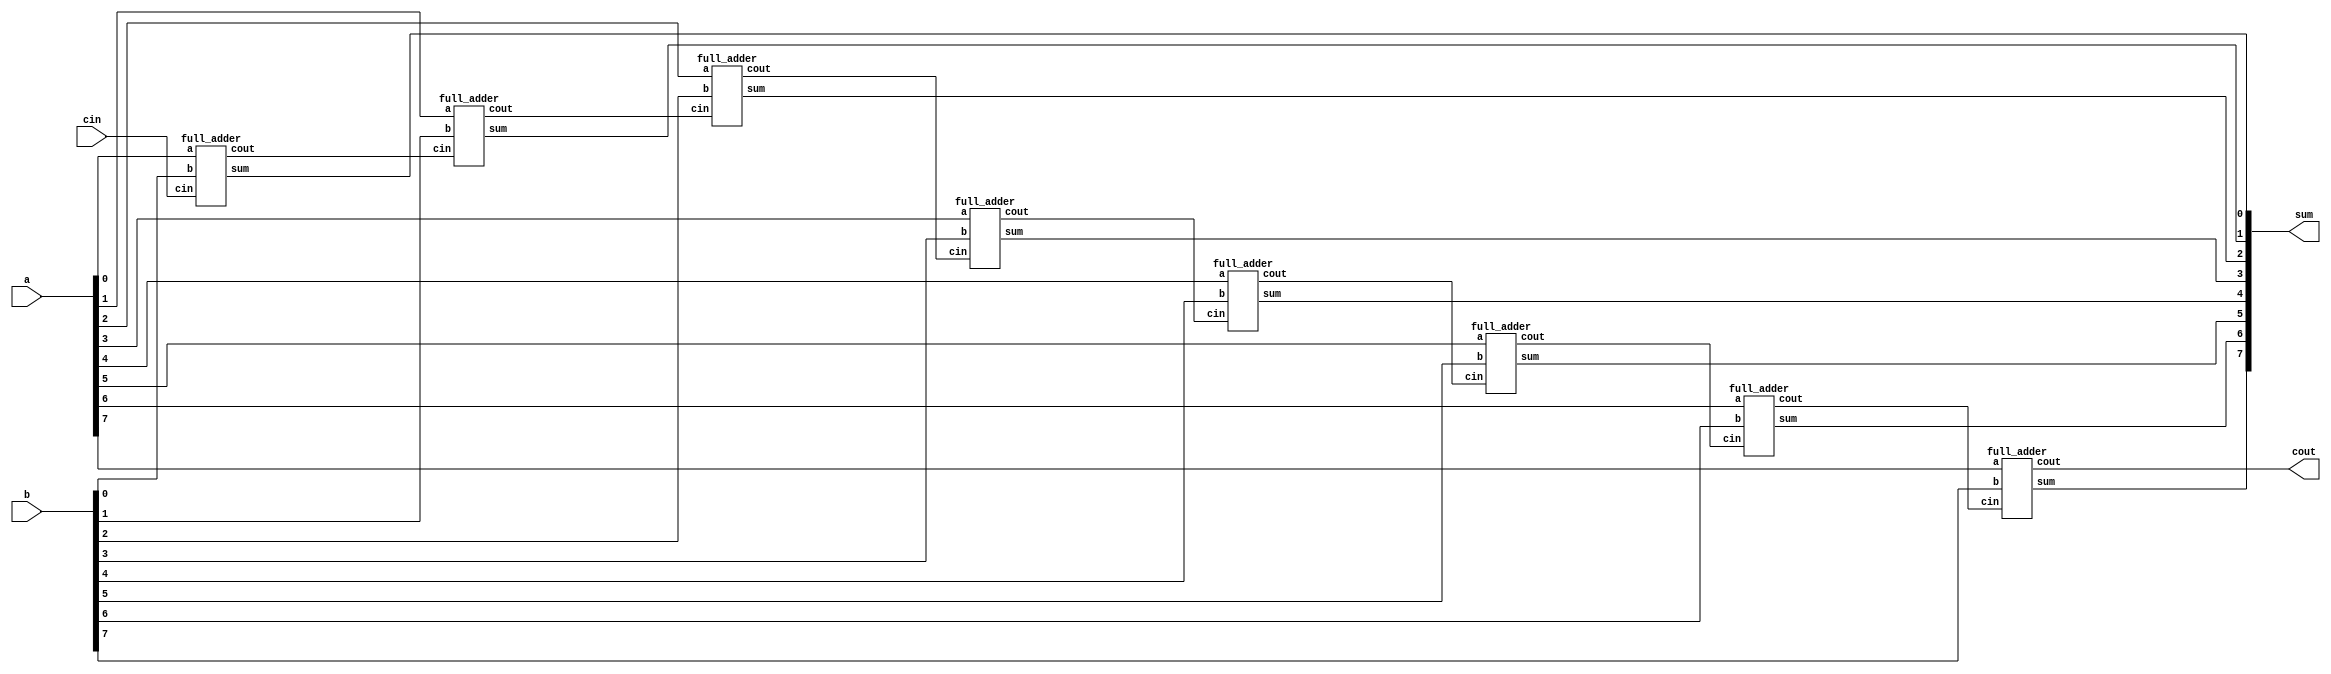
module adder_8bit(
  input [7:0] a,
  input [7:0] b,
  input cin,
  output [7:0] sum,
  output cout
);

  // Define internal signals
  wire [7:0] carry;
  wire [7:0] sum_intermediate;

  // Instantiate full adders
  genvar i;
  generate
    for (i = 0; i < 8; i = i + 1) begin : full_adder_inst
      full_adder full_adder_inst(
        .a(a[i]),
        .b(b[i]),
        .cin(i ? carry[i-1] : cin),
        .sum(sum_intermediate[i]),
        .cout(carry[i])
      );
    end
  endgenerate

  // Assign the outputs
  assign sum = sum_intermediate;
  assign cout = carry[7];

endmodule

module full_adder(
  input a,
  input b,
  input cin,
  output sum,
  output cout
);

  // Implement full adder logic
  assign sum = a ^ b ^ cin;
  assign cout = (a & b) | (a & cin) | (b & cin);

endmodule